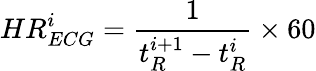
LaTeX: HR_{ECG}^{i}=\frac{1}{t_{R}^{i+1}-t_{R}^{i}}\times 60